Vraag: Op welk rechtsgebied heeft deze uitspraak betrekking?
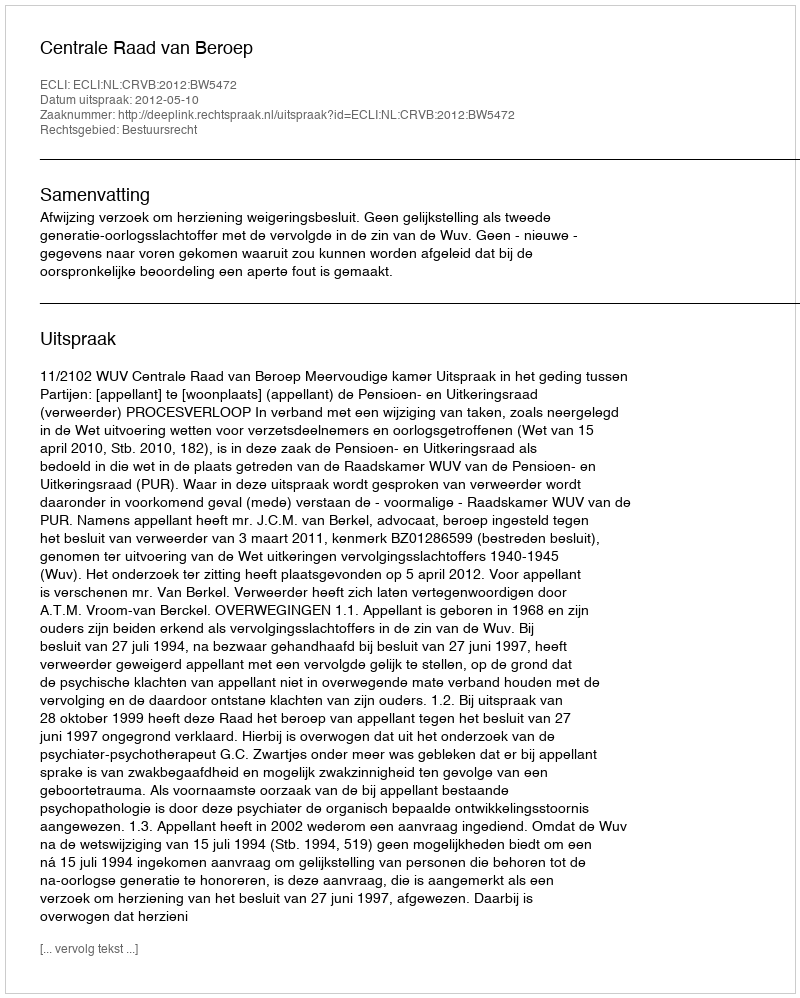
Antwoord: Bestuursrecht